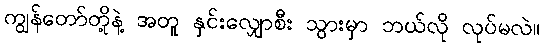
ကျွန်တော်တို့နဲ့ အတူ နှင်းလျှောစီး သွားမှာ ဘယ်လို လုပ်မလဲ။